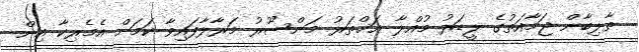
ތާލިބާން ޖަމާއަތުގެ ލީޑަރު މުއްލާ އަޚްތަރު މަންސޫރު މަރާލާފައިވާ ކަމަށް އެމެރިކާ އިން